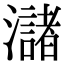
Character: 㶆